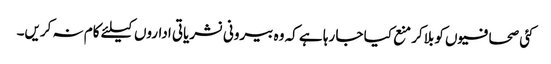
کئی صحافیوں کو بلاکر منع کیا جا رہا ہے کہ وہ بیرونی نشریاتی اداروں کیلئے کام نہ کریں۔